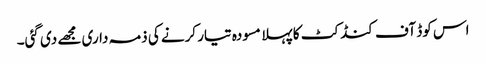
اس کوڈ آف کنڈکٹ کا پہلا مسودہ تیار کرنے کی ذمہ داری مجھے دی گئی۔